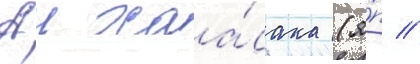
Аи хаа́сака (я́п //